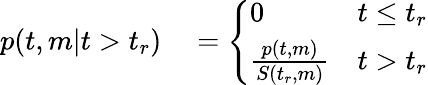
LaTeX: \begin{array}{rl}{p(t,m|t>t_{r})}&{{}=\left\{ \begin{array}{ll}{0}&{t\leq t_{r}}\\ {\frac{p(t,m)}{S(t_{r},m)}}&{t>t_{r}}\end{array}\right.}\end{array}